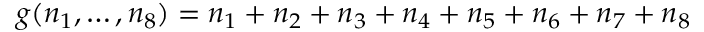
g ( n _ { 1 } , \ldots , n _ { 8 } ) = n _ { 1 } + n _ { 2 } + n _ { 3 } + n _ { 4 } + n _ { 5 } + n _ { 6 } + n _ { 7 } + n _ { 8 }